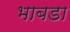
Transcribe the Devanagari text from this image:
भाबडा